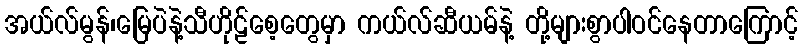
အယ်လ်မွန်၊မြေပဲနဲ့သီဟိုဠ်စေ့တွေမှာ ကယ်လ်ဆီယမ်နဲ့ တို့များစွာပါဝင်နေတာကြောင့်